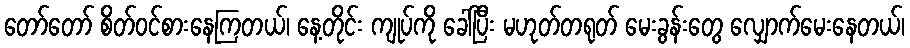
တော်တော် စိတ်ဝင်စားနေကြတယ်၊ နေ့တိုင်း ကျုပ်ကို ခေါ်ပြီး မဟုတ်တရုတ် မေးခွန်းတွေ လျှောက်မေးနေတယ်၊